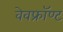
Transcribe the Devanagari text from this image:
वेवफ्रॉण्ट